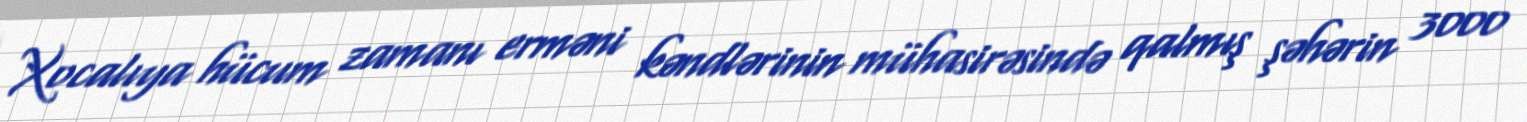
Xocalıya hücum zamanı erməni kəndlərinin mühasirəsində qalmış şəhərin 3000